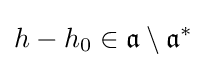
h-h_{0}\in {\mathfrak {a}}\setminus {\mathfrak {a}}^{*}